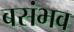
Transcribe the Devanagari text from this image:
बसंभव